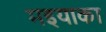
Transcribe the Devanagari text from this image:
मइयाका